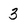
Character: 3